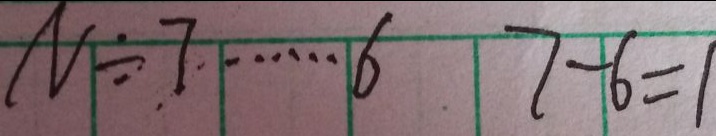
N \div 7 \cdots 6 7 - 6 = 1